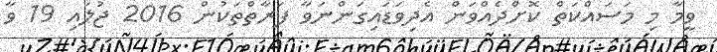
ވީމާ މި މަސައްކަތް ކޮށްދެއްވަން އެދިވަޑައިގަންނަވާ ފަރާތްތަކުން 2016 ޖުލައި 19 ވާ